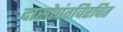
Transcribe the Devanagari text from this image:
दासोपंतविरचित